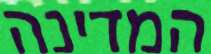
המדינה